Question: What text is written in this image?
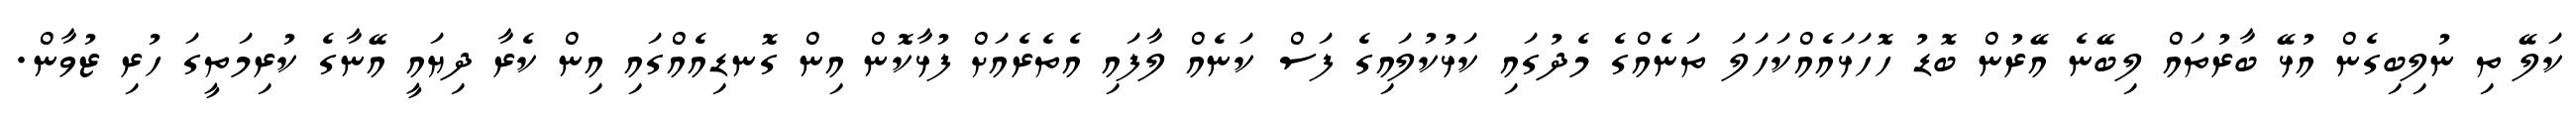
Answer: ކަލޭ ތި ނުލިބިގެން އުޅޭ ބާރުތައް ލިބޭނެ އޭރުން ބޮޑު ހޮހަޅައެއްކަހަލަ ތަނެއްގެ މެދުގައި ކަޅުކުލައިގެ ފަސް ކަނެއް ލާފައި އެތެރެއަށް ފުޅާކޮން އިން ގޮނޑިއެއްގައި އިން ކެރާ ދިޔައީ އޭނާގެ ކުރިމަތީގަ ހުރި ޒުވާން.